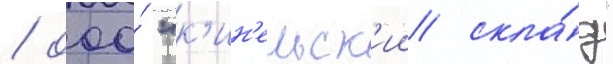
/ ооо́ "к'ин'ельск'ии скла́д"